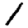
Digit: 1